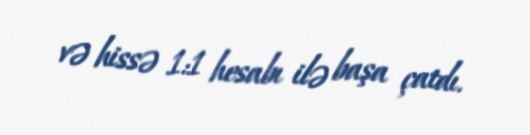
və hissə 1:1 hesabı ilə başa çatdı.